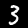
Digit: 3